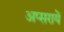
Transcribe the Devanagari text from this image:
अप्सरायें